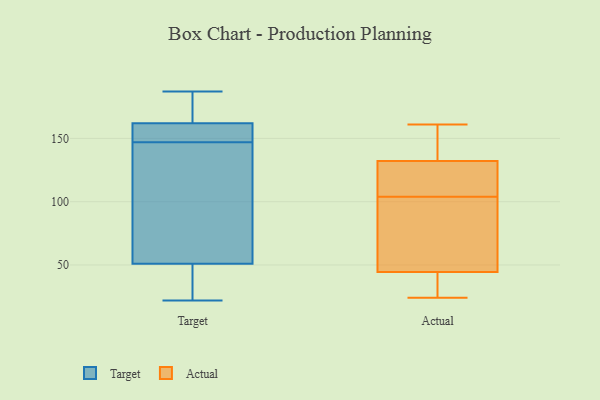
{"axis": {"x": "Website Visitors", "y": "Value"}, "legend": ["Actual", "Target"], "data": [{"x": "", "y": 187, "type": "Target"}, {"x": "", "y": 22, "type": "Target"}, {"x": "", "y": 150, "type": "Target"}, {"x": "", "y": 108, "type": "Target"}, {"x": "", "y": 153, "type": "Target"}, {"x": "", "y": 50, "type": "Target"}, {"x": "", "y": 51, "type": "Target"}, {"x": "", "y": 144, "type": "Target"}, {"x": "", "y": 162, "type": "Target"}, {"x": "", "y": 176, "type": "Target"}, {"x": "", "y": 67, "type": "Actual"}, {"x": "", "y": 135, "type": "Actual"}, {"x": "", "y": 94, "type": "Actual"}, {"x": "", "y": 135, "type": "Actual"}, {"x": "", "y": 124, "type": "Actual"}, {"x": "", "y": 36, "type": "Actual"}, {"x": "", "y": 24, "type": "Actual"}, {"x": "", "y": 37, "type": "Actual"}, {"x": "", "y": 104, "type": "Actual"}, {"x": "", "y": 115, "type": "Actual"}, {"x": "", "y": 161, "type": "Actual"}]}